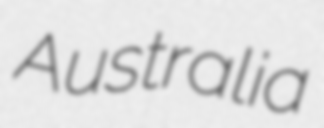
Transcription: Australia